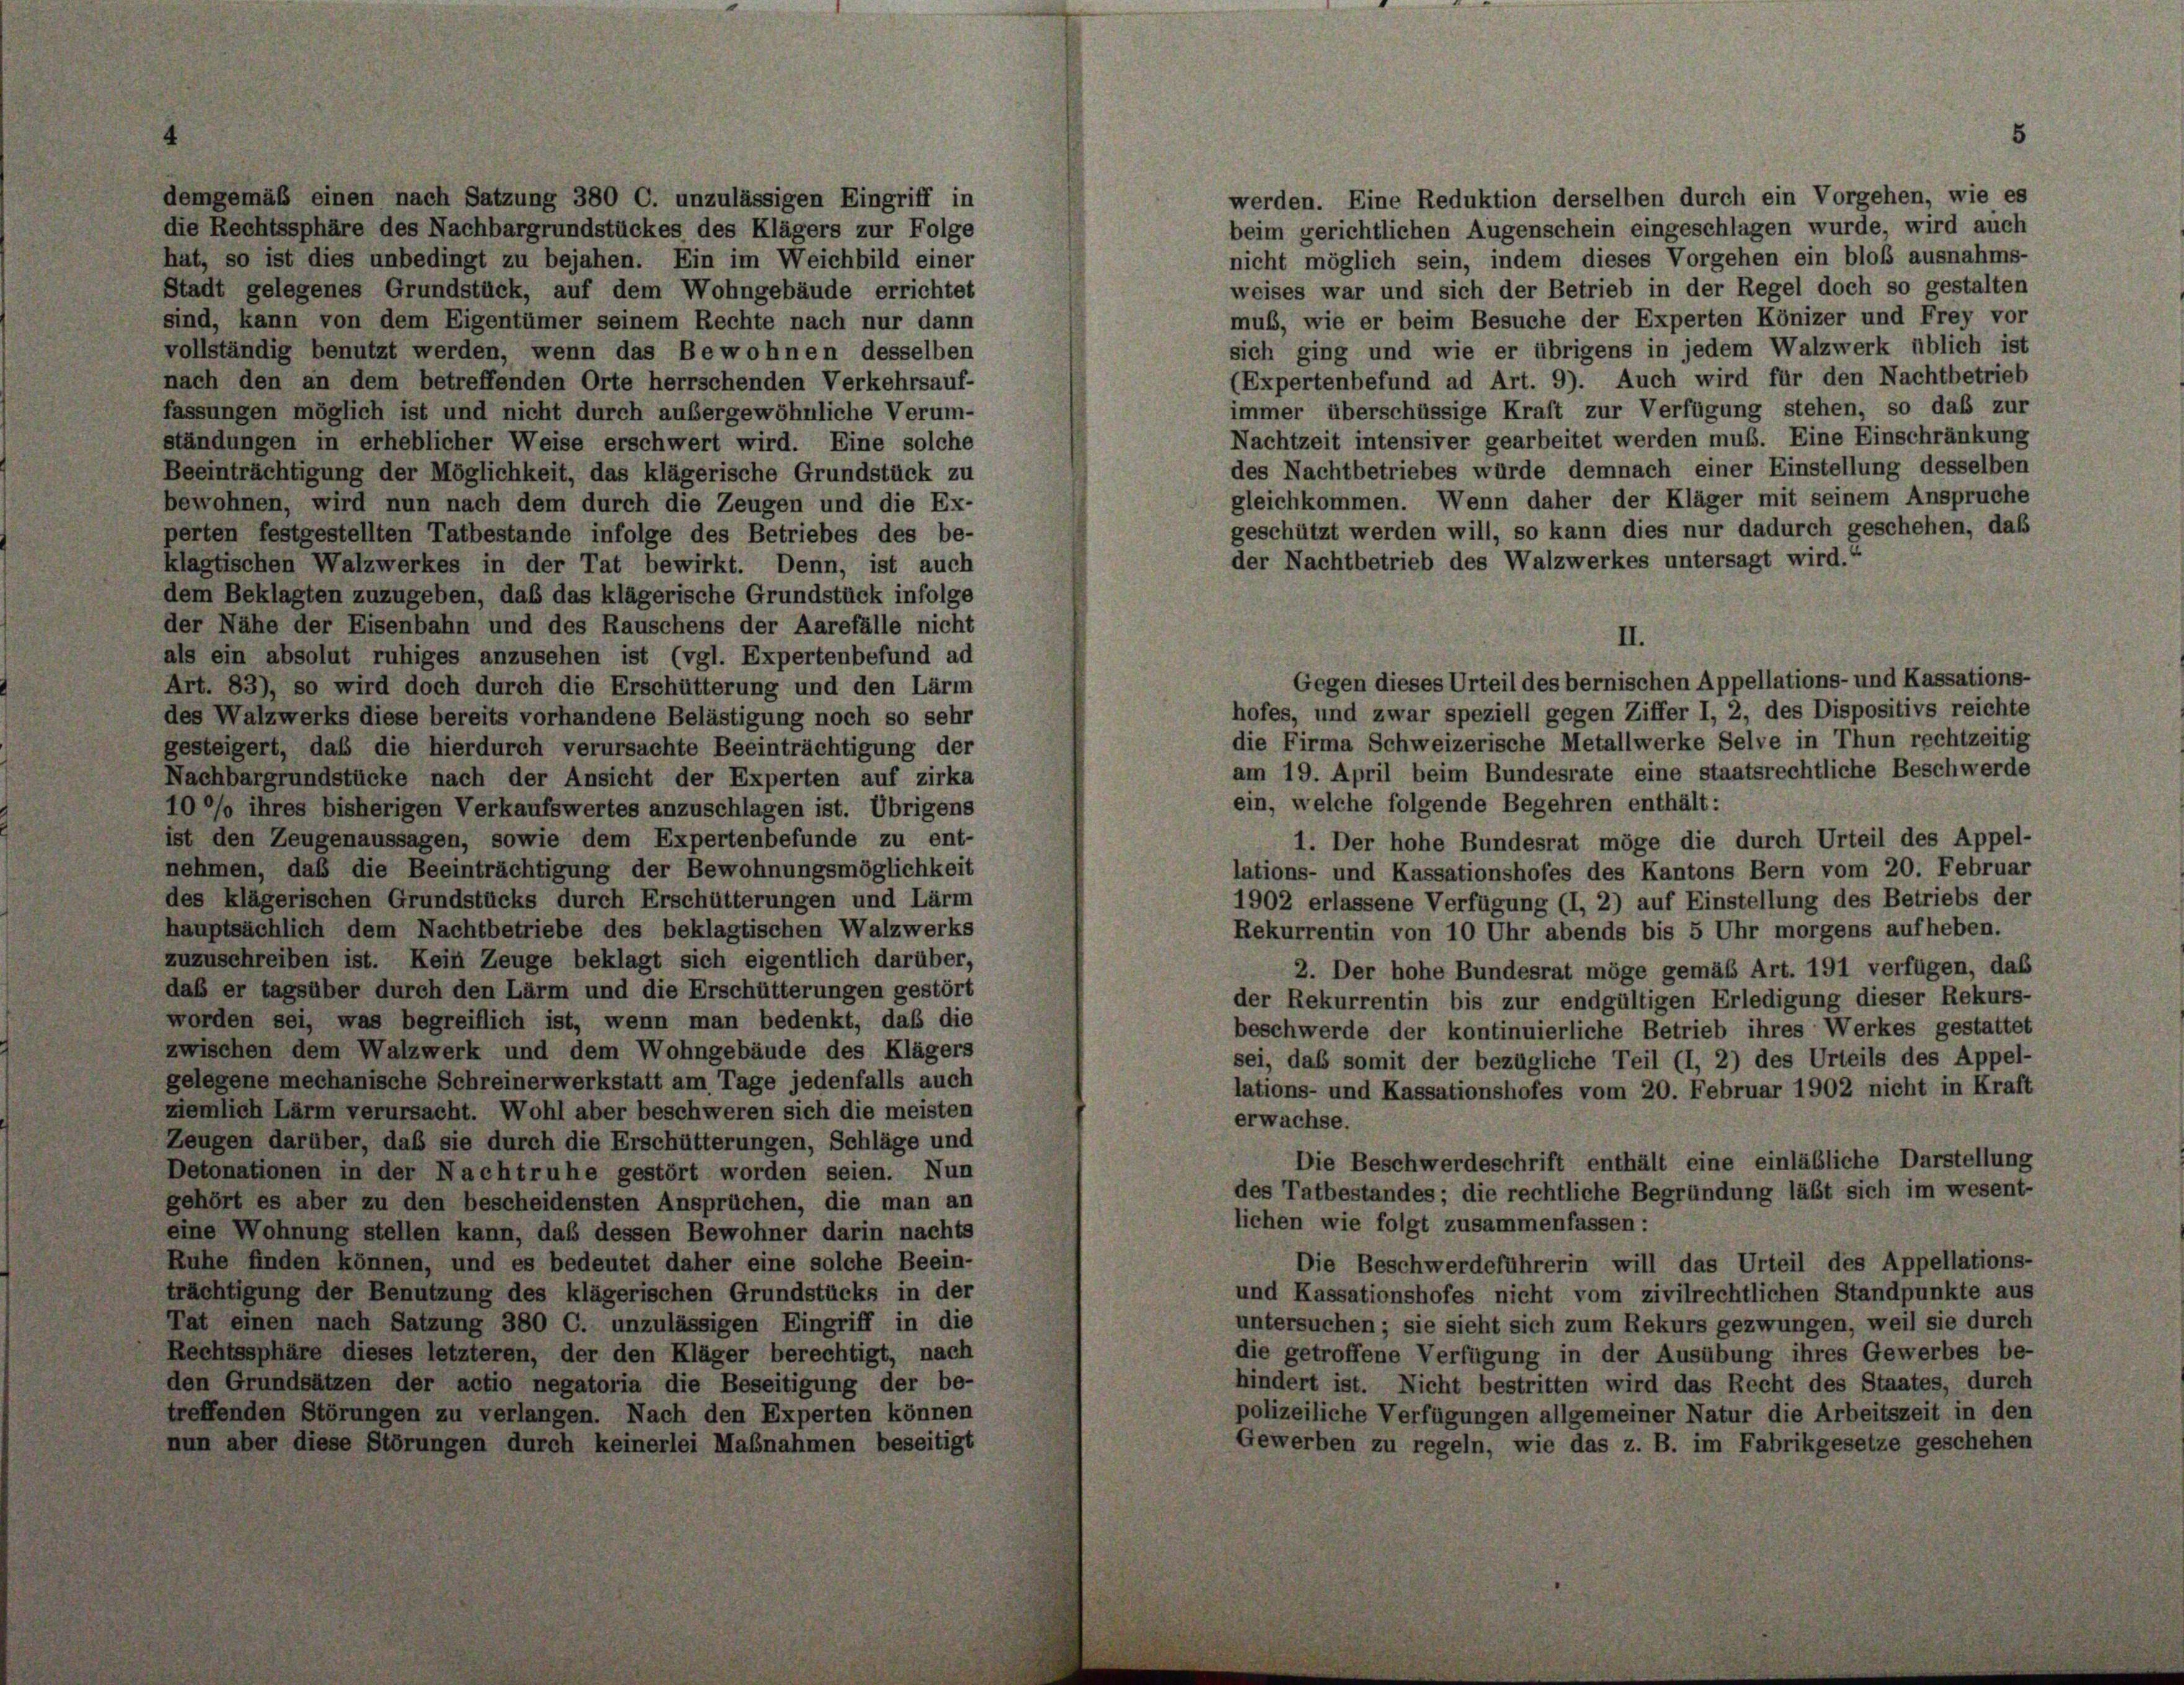
demgemäß einen nach Satzung 380 C. unzulässigen Eingriff in
die Rechtssphäre des Nachbargrundstückes des Klägers zur Folge
beim gerichtlichen Augenschein eingeschlagen wurde, wird auch
nicht möglich sein, indem dieses Vorgehen ein bloß ausnahms-
hat, so ist dies unbedingt zu bejahen. Ein im Weichbild einer
weises war und sich der Betrieb in der Regel doch so gestalten
Stadt gelegenes Grundstück, auf dem Wohngebäude errichtet
muß, wie er beim Besuche der Experten Könizer und Frey vor
sind, kann von dem Eigentümer seinem Rechte nach nur dann
sich ging und wie er übrigens in jedem Walzwerk üblich ist
vollständig benutzt werden, wenn das Bewohnen desselben
(Expertenbefund ad Art. 9). Auch wird für den Nachtbetrieb
nach den an dem betreffenden Orte herrschenden Verkehrsauf-
immer überschüssige Kraft zur Verfügung stehen, so daß zur
fassungen möglich ist und nicht durch außergewöhnliche Verum-
Nachtzeit intensiver gearbeitet werden muß. Eine Einschränkung
ständungen in erheblicher Weise erschwert wird. Eine solche
des Nachtbetriebes würde demnach einer Einstellung desselben
Beeinträchtigung der Möglichkeit, das klägerische Grundstück zu
gleichkommen. Wenn daher der Kläger mit seinem Anspruche
bewohnen, wird nun nach dem durch die Zeugen und die Ex-
geschützt werden will, so kann dies nur dadurch geschehen, daß
perten festgestellten Tatbestande infolge des Betriebes des be-
der Nachtbetrieb des Walzwerkes untersagt wird.“
klagtischen Walzwerkes in der Tat bewirkt. Denn, ist auch
dem Beklagten zuzugeben, das das klägerische Grundstück infolge
der Nähe der Eisenbahn und des Rauschens der Aarefälle nicht
als ein absolut ruhiges anzusehen ist (vgl. Expertenbefund ad
Art. 83), so wird doch durch die Erschütterung und den Lärm
hofes, und zwar speziell gegen Ziffer I, 2, des Dispositivs reichte
des Walzwerks diese bereits vorhandene Belästigung noch so sehr
die Firma Schweizerische Metallwerke Selve in Thun rechtzeitig
gesteigert, daß die hierdurch verursachte Beeinträchtigung der
am 19. April beim Bundesrate eine staatsrechtliche Beschwerde
Nachbargrundstücke nach der Ansicht der Experten auf zirka
ein, welche folgende Begehren enthält:
100% ihres bisherigen Verkaufswertes anzuschlagen ist. Übrigens
ist den Zeugenaussagen, sowie dem Expertenbefunde zu ent-
1. Der hohe Bundesrat möge die durch Urteil des Appel-
nehmen, daß die Beeinträchtigung der Bewohnungsmöglichkeit
lations- und Kassationshofes des Kantons Bern vom 20. Februar
des klägerischen Grundstücks durch Erschütterungen und Lärm
1902 erlassene Verfügung (I, 2) auf Einstellung des Betriebs der
hauptsächlich dem Nachtbetriebe des beklagtischen Walzwerks
Rekurrentin von 10 Uhr abends bis 5 Uhr morgens aufheben.
zuzuschreiben ist. Kein Zeuge beklagt sich eigentlich darüber,
2. Der hohe Bundesrat möge gemäß Art. 191 verfügen, daß
daß er tagsüber durch den Lärm und die Erschütterungen gestört
der Rekurrentin bis zur endgültigen Erledigung dieser Rekurs-
worden sei, was begreiflich ist, wenn man bedenkt, daß die
beschwerde der kontinuierliche Betrieb ihres Werkes gestattet
zwischen dem Walzwerk und dem Wohngebäude des Klägers
sei, daß somit der bezügliche Teil (I, 2) des Urteils des Appel-
gelegene mechanische Schreinerwerkstatt am Tage jedenfalls auch
lations- und Kassationshofes vom 20. Februar 1902 nicht in Kraft
ziemlich Lärm verursacht. Wohl aber beschweren sich die meisten
erwachse.
Zeugen darüber, daß sie durch die Erschütterungen, Schläge und
Die Beschwerdeschrift enthält eine einläßliche Darstellung
Detonationen in der Nachtruhe gestört worden seien. Nun
des Tatbestandes; die rechtliche Begründung läßt sich im wesent-
gehört es aber zu den bescheidensten Ansprüchen, die man an
lichen wie folgt zusammenfassen:
eine Wohnung stellen kann, daß dessen Bewohner darin nachts
Ruhe finden können, und es bedeutet daher eine solche Beein-
Die Beschwerdeführerin will das Urteil des Appellations-
trächtigung der Benutzung des klägerischen Grundstücks in der
und Kassationshofes nicht vom zivilrechtlichen Standpunkte aus
Tat einen nach Satzung 380 C. unzulässigen Eingriff in die
untersuchen; sie sieht sich zum Rekurs gezwungen, weil sie durch
Rechtssphäre dieses letzteren, der den Kläger berechtigt, nach
die getroffene Verfügung in der Ausübung ihres Gewerbes be-
den Grundsätzen der actio negatoria die Beseitigung der be-
hindert ist. Nicht bestritten wird das Recht des Staates, durch
treffenden Störungen zu verlangen. Nach den Experten können
polizeiliche Verfügungen allgemeiner Natur die Arbeitszeit in den
nun aber diese Störungen durch keinerlei Maßnahmen beseitigt
Gewerben zu regeln, wie das z. B. im Fabrikgesetze geschehen

werden. Eine Reduktion derselben durch ein Vorgehen, wie es

II.
Gegen dieses Urteil des bernischen Appellations- und Kassations-